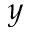
y